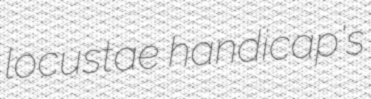
locustae handicap's